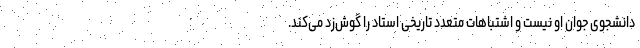
دانشجوی جوان او نیست و اشتباهات متعدد تاریخی استاد را گوش‌زد می‌کند.